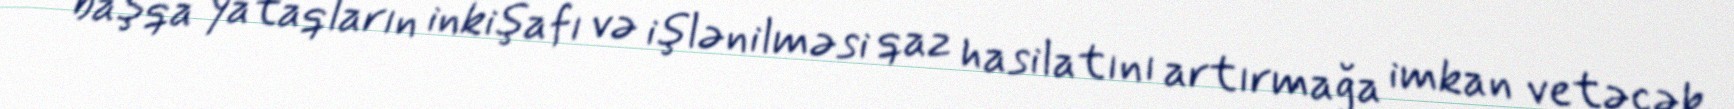
başqa yataqların inkişafı və işlənilməsi qaz hasilatını artırmağa imkan vetəcək.